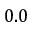
0 . 0